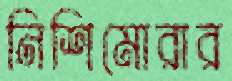
নিশিমোরার